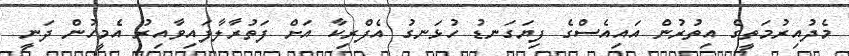
މެދުއިރުމަތީގެ އިތުރުން އައިއެސްގެ ފިޔަގަނޑު ހުޅަނގު އެފްރިކާ އަށް ފަތުރާލާފައިވާއިރު އެމީހުން ދަނީ